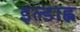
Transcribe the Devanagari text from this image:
इल्डाह्ल